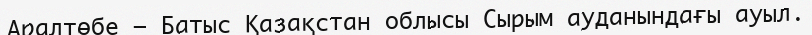
Аралтөбе – Батыс Қазақстан облысы Сырым ауданындағы ауыл.